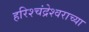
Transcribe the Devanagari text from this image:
हरिश्चंद्रेश्वराच्या